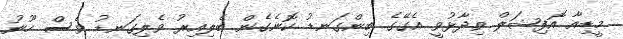
މީޑިއާ އޮފިޝަލް ވިދާޅުވީ އެގޭގެ ބިންގަނޑު ކޮނެގެން ބެލިއިރު ވެލިގަނޑު ވެސް ހޫނު